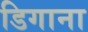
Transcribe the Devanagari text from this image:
डिगाना